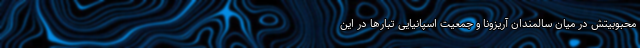
محبوبیتش در میان سالمندان آریزونا و جمعیت اسپانیایی تبارها در این